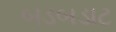
બડબડાટ